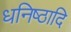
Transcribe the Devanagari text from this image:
धनिष्ठादि